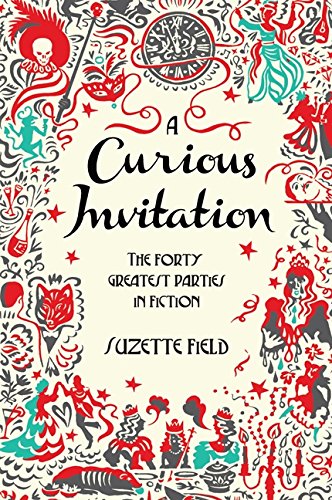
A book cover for A Curious Invitation: The Forty Greatest Parties in Fiction; Suzette Field; Humor & Entertainment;